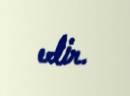
edir.